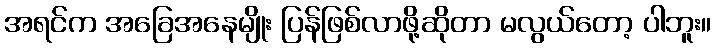
အရင်က အခြေအနေမျိုး ပြန်ဖြစ်လာဖို့ဆိုတာ မလွယ်တော့ ပါဘူး။